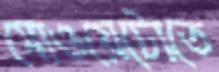
সোওয়েটোতে